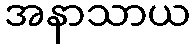
အနာသာယ